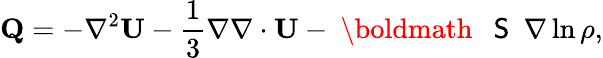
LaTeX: \mathbf{Q}=-\nabla^{2}\mathbf{U}-\frac{1}{3}\nabla\nabla\cdot\mathbf{U}-\mathrm{~\boldmath~{~\sf~S~}~}\nabla\ln\rho,